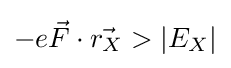
-e{\vec {F}}\cdot {\vec {r_{X}}}>|E_{X}|